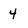
Character: 4